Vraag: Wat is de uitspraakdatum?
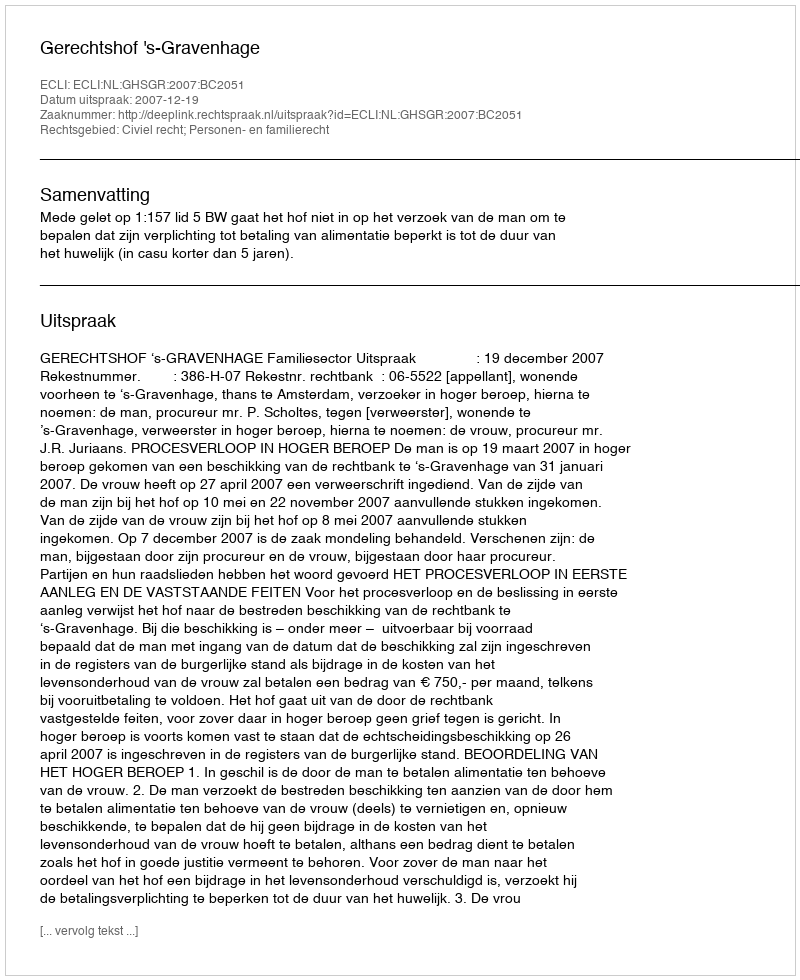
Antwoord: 2007-12-19